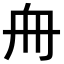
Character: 𠂨